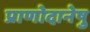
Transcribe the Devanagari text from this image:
प्राणोदानेषु